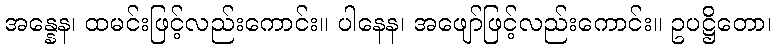
အန္နေန၊ ထမင်းဖြင့်လည်းကောင်း။ ပါနေန၊ အဖျော်ဖြင့်လည်းကောင်း။ ဥပဋ္ဌိတော၊